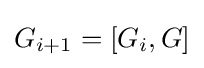
G_{i+1}=[G_{i},G]